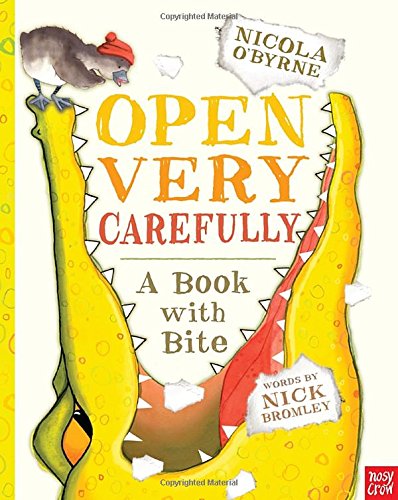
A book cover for Open Very Carefully: A Book with Bite; Nick Bromley; Children's Books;